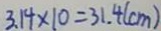
3 . 1 4 \times 1 0 = 3 1 . 4 ( c m )